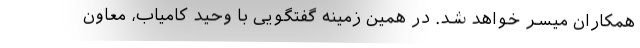
همکاران میسر خواهد شد. در همین زمینه گفتگویی با وحید کامیاب، معاون